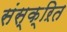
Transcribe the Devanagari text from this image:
संस्क्ऱित